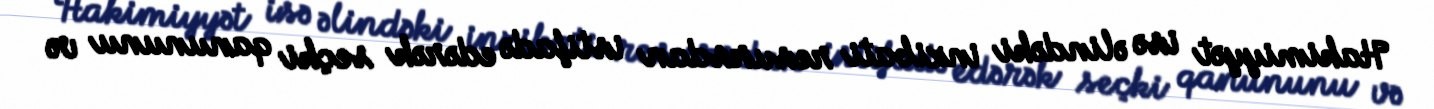
Hakimiyyət isə əlindəki inzibati resursdan istifadə edərək seçki qanununu və